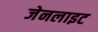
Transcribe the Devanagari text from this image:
जेनलाइट